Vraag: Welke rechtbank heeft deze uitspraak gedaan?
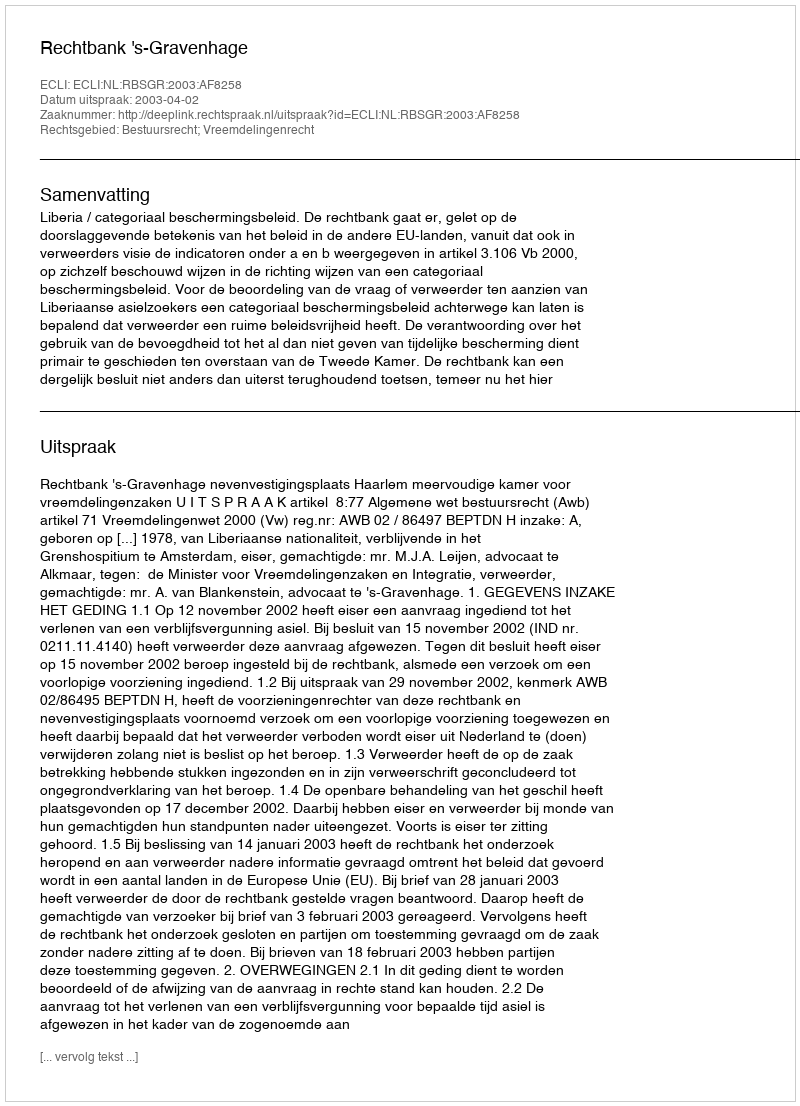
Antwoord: Rechtbank 's-Gravenhage